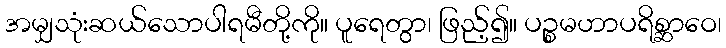
အမျှသုံးဆယ်သောပါရမီတို့ကို။ ပူရေတွာ၊ ဖြည့်၍။ ပဉ္စမဟာပရိစ္ဆာဝေ၊